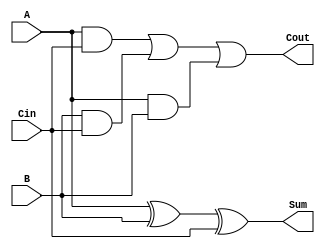
//Typical cell for full adder
//fad_cell = full adder cell
module fad_cell(input A, B, Cin, output Sum, Cout);
   assign Sum = A^B^Cin;
   assign Cout = A & Cin | B & Cin | A & B;
endmodule // fad_cell